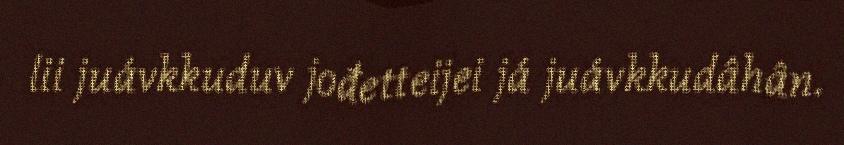
lii juávkkuduv jođetteijei já juávkkudâhân.